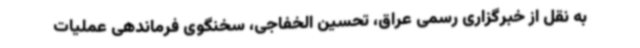
به نقل از خبرگزاری رسمی عراق، تحسین الخفاجی، سخنگوی فرماندهی عملیات